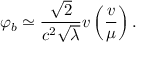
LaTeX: \varphi _ { b } \simeq \frac { \sqrt { 2 } } { c ^ { 2 } \sqrt { \lambda } } v \left( \frac { v } { \mu } \right) .